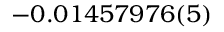
- 0 . 0 1 4 5 7 9 7 6 ( 5 )